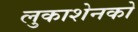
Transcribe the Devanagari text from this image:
लुकाशेनको